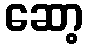
ဆော့